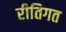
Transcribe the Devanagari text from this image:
रीतिगत